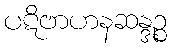
ပဋိဗာဟနဆန္ဒဉ္စ